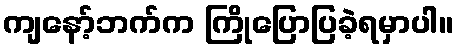
ကျနော့်ဘက်က ကြိုပြောပြခဲ့ရမှာပါ။